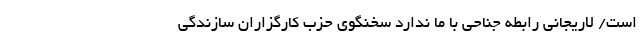
است/ لاریجانی رابطه جناحی با ما ندارد سخنگوی حزب کارگزاران سازندگی